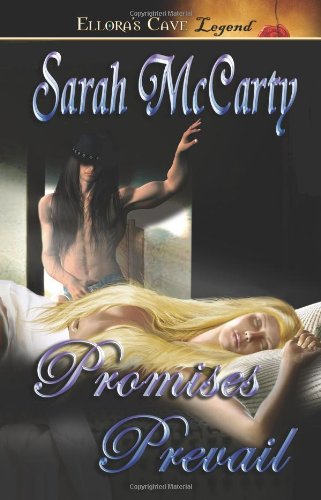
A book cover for Promises Prevail; Sarah McCarty; Romance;